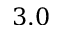
3 . 0